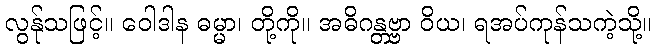
လွန်ုသဖြင့်။ ဝေါဒါန ဓမ္မာ၊ တို့ကို။ အဓိဂန္တဗ္ဗာ ဝိယ၊ ရအပ်ကုန်သကဲ့သို့။